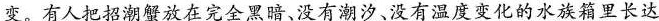
变。有人把招潮蟹放在完全黑暗、没有潮汐、没有温度变化的水族箱里长达